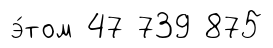
э́том 47 739 875